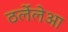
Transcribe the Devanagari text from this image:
ठर्लेलेआ